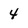
Character: 4